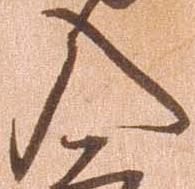
入